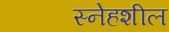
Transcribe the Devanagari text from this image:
स्नेहशील